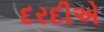
દરદીએ